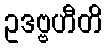
ဥဒဗ္ဗဟီတိ